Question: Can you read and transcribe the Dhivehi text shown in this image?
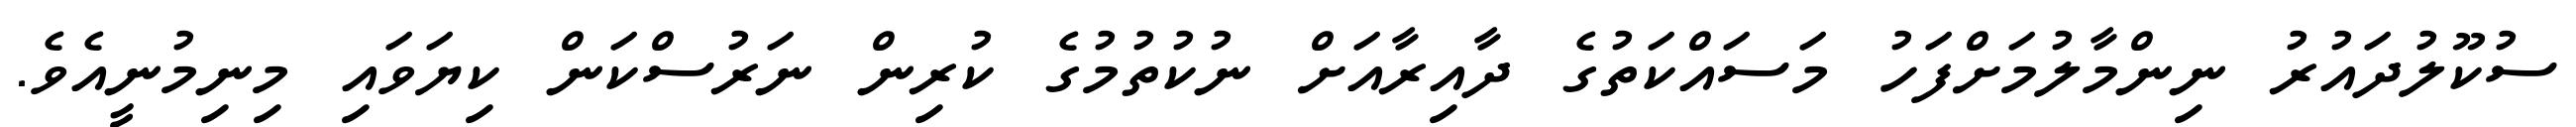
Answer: ސުކޫލުދައުރު ނިންމާލުމަށްފަހު މަސައްކަތުގެ ދާއިރާއަށް ނުކުތުމުގެ ކުރިން ނަރުސްކަން ކިޔަވައި މިނިމުނީއެވެ.